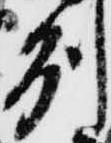
州